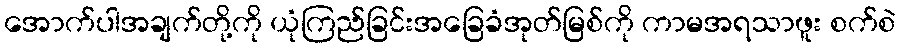
အောက်ပါအချက်တို့ကို ယုံကြည်ခြင်းအခြေခံအုတ်မြစ်ကို ကာမအရသာဖူး စက်စဲ